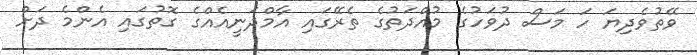
ވޭތުވެދިޔަ ހަ މަސް ދުވަހުގެ މުއްދަތުގެ ތެރޭގައި އާމްދަނީއެއްގެ ގޮތުގައި އެންމެ ދަށް